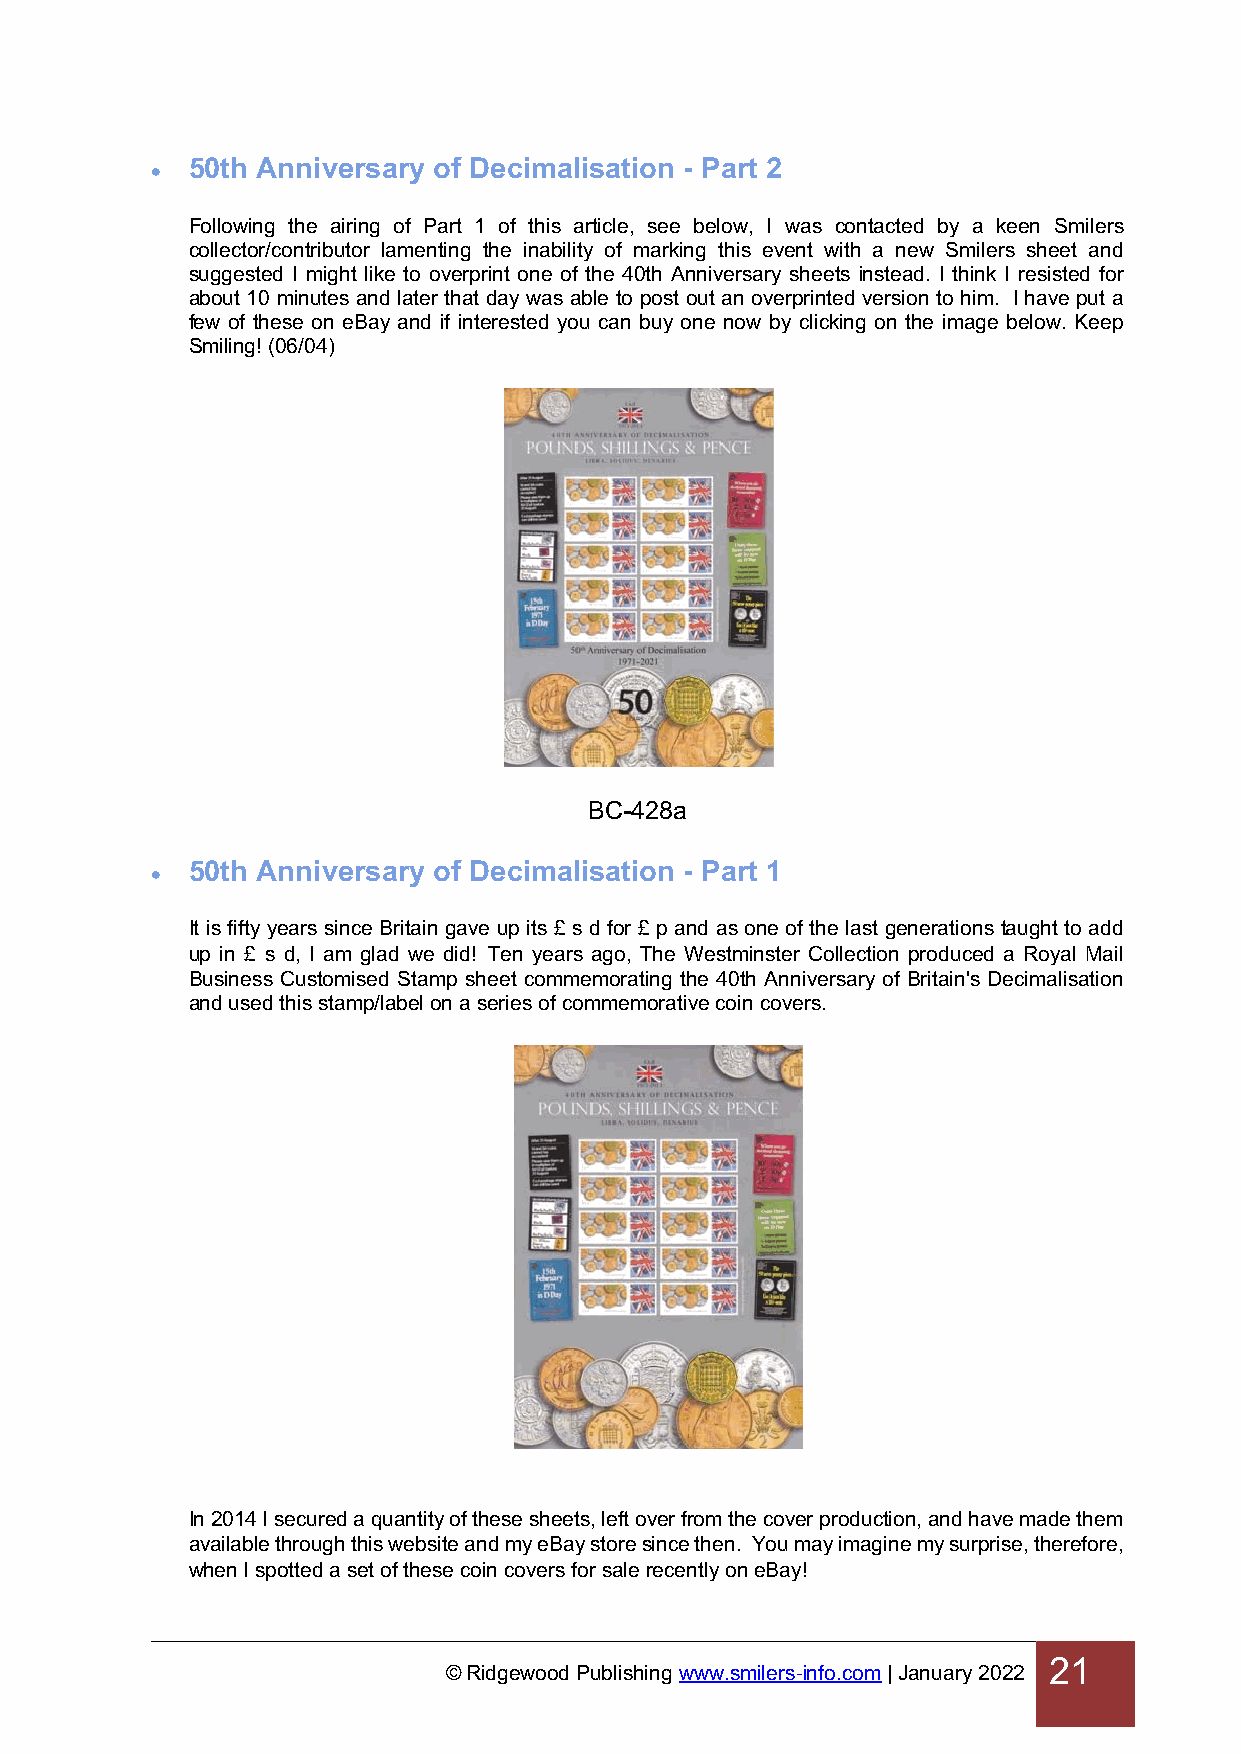
50th Anniversary of Decimalisation - Part 2
 •
 Following the airing of Part 1 of this article, see below, I was contacted by a keen Smilers
 collector/contributor lamenting the inability of marking this event with a new Smilers sheet and
 suggested I might like to overprint one of the 40th Anniversary sheets instead. I think I resisted for
 about 10 minutes and later that day was able to post out an overprinted version to him. I have put a
 few of these on eBay and if interested you can buy one now by clicking on the image below. Keep
 Smiling! (06/04)
 BC-428a
 50th Anniversary of Decimalisation - Part 1
 •
 It is fifty years since Britain gave up its £ s d for £ p and as one of the last generations taught to add
 up in £ s d, I am glad we did! Ten years ago, The Westminster Collection produced a Royal Mail
 Business Customised Stamp sheet commemorating the 40th Anniversary of Britain's Decimalisation
 and used this stamp/label on a series of commemorative coin covers.
 In 2014 I secured a quantity of these sheets, left over from the cover production, and have made them
 available through this website and my eBay store since then. You may imagine my surprise, therefore,
 when I spotted a set of these coin covers for sale recently on eBay!
 21
 © Ridgewood Publishing www.smilers-info.com | January 2022